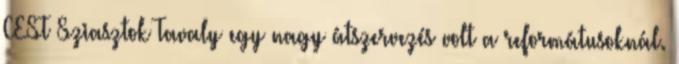
CEST Sziasztok Tavaly egy nagy átszervezés volt a reformátusoknál.